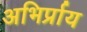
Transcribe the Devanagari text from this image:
अभिर्प्राय